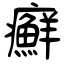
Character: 癬